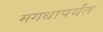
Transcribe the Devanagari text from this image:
मगधापर्यंत